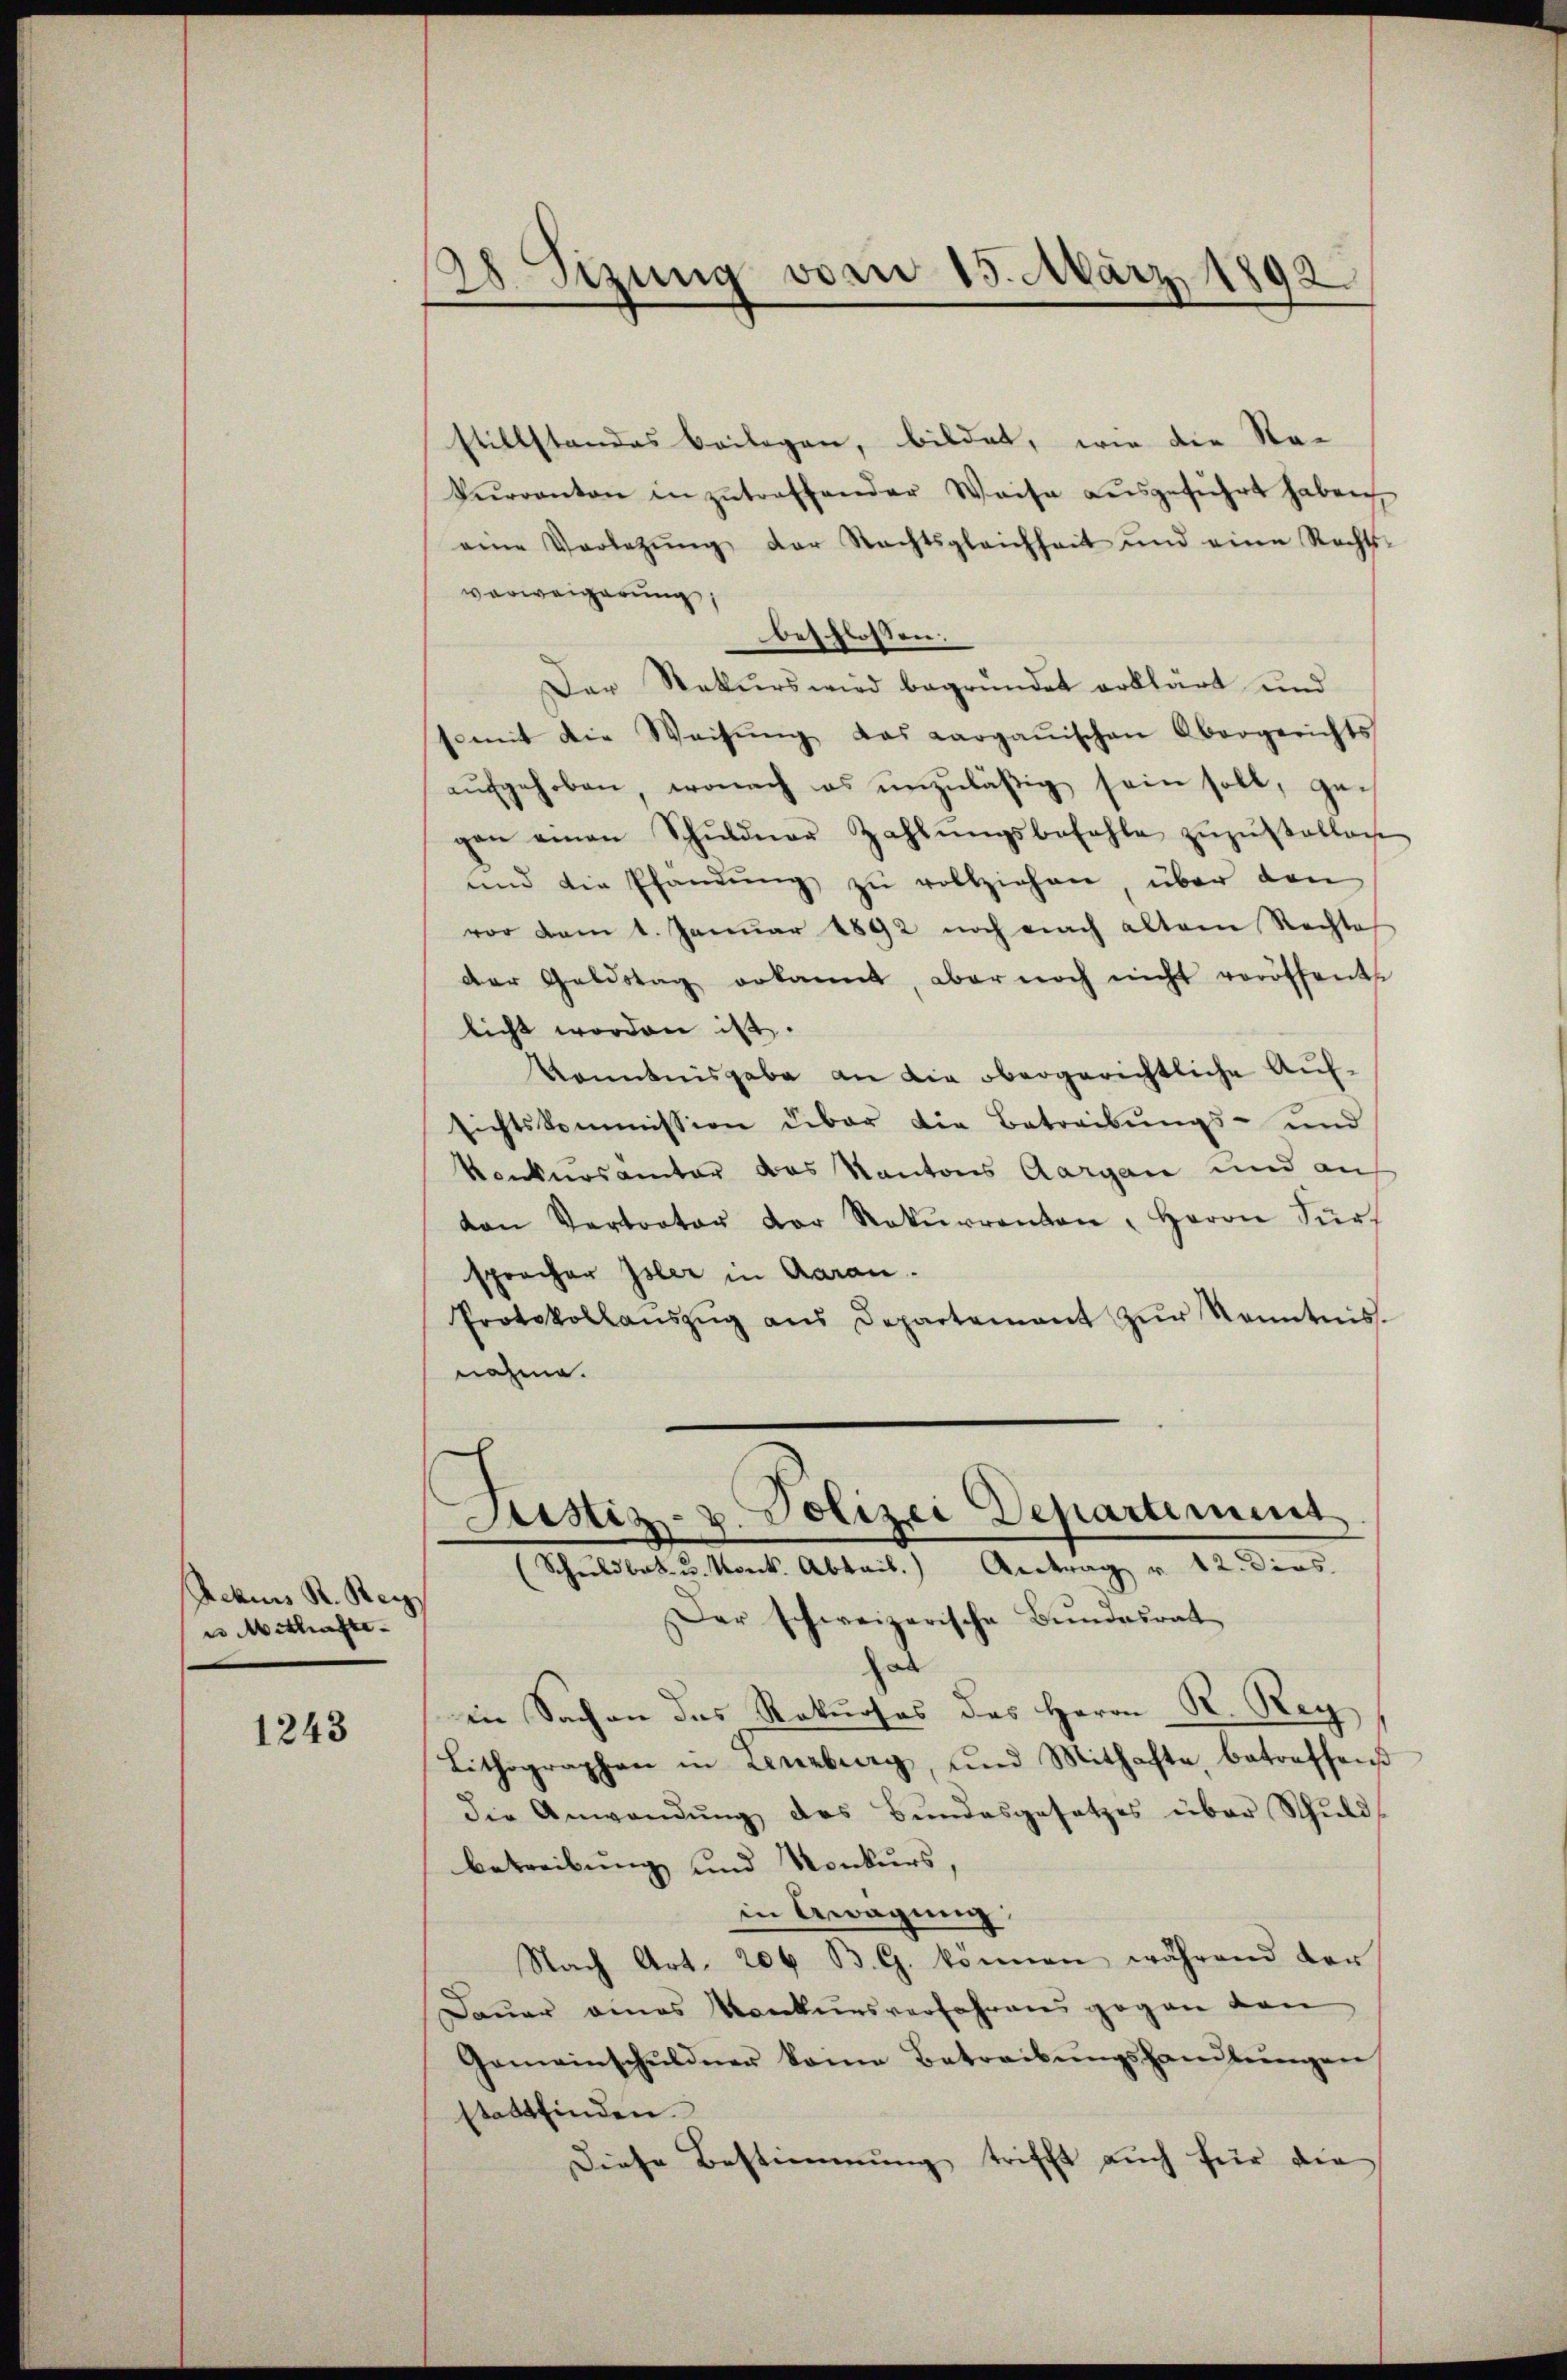
Rekurs R. Reis
es Mithafte

1243

stillstandes Beilagen, bildet, wie die Sta-
kuranton in zutreffender Weise aŭsgeführt haben
eine Vorletzŭng der Nachtsgleichheit und eine Rechts-
verweigerung,
beschlossen:
Der Rekurs wird begründet erklärt und
somit die Weisŭng das aargauischen Obergerichts
aŭfgehoben, wonach es unzuläßig sein soll, gegen einen Schŭldner Zahlŭngsbefehle zŭzŭstellen
und die Pfandŭng zŭ vollziehen, über den
vor vom 1. Januar 1892 noch nach altem Rechte
der Geldstag erkannt, aber noch nicht veröffent
licht worden ist.
Konntnisgabe an die obergerichtliche Aufsichtskommission über die Betreibŭngs- und
kanknosamter das Kantons Aargau und auf
ton Vertreter der Rekŭrrenten, Herrn Fürs
sprocher Isler in Garan.
Protokollanszŭg aŭs Departement zŭr Kenntnis.
nahme.

Sizung vom 15. März 1892.
d

Der schweizerische Bŭndesrat
hab
in Sachen das Rekurses des Herrn R. Reg
Lithographen in Lenzburg, und Mithafte, betreffend
die Anwendŭng des Bundesgesetzes über Schulds
betreibung und Konkurs,
in Aragung:
Nach Art. 206 B. G. können, während der
Dauer eines Konkursverfahrens gegen dan
Gemeinschŭldner keine Betreibŭngshandlŭngen
stattfinden.
Diese Bestimmung trifft auch für die

Justiz- u. Polizei Departement
(Schŭldbek u. Monk. Abtail. Antrag u. 12. dies.